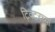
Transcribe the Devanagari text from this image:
ट्विटरच्या